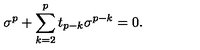
\sigma ^ { p } + \sum _ { k = 2 } ^ { p } t _ { p - k } \sigma ^ { p - k } = 0 .